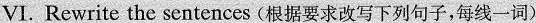
VI. Rewrite the sentences (根据要求改写下列句子,每线一词)